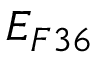
E _ { F 3 6 }